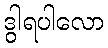
ဒွါရပါလော